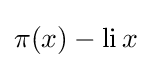
\pi (x)-\operatorname {li} x